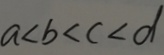
a < b < c < d